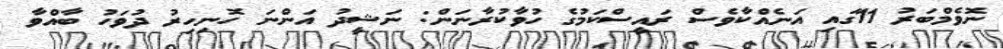
ނޮވެމްބަރު 11ގައި އަނެއްކާވެސް ރައީސްކަމުގެ ހުވާކުރާނަން: ނަޝީދު އަންނަ ހޮނިހިރު ދުވަހު ބާއްވާ